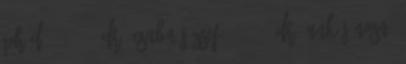
Ph.D. 1999 , Dr. Csaba József 1994 , Dr. Unk Jánosné